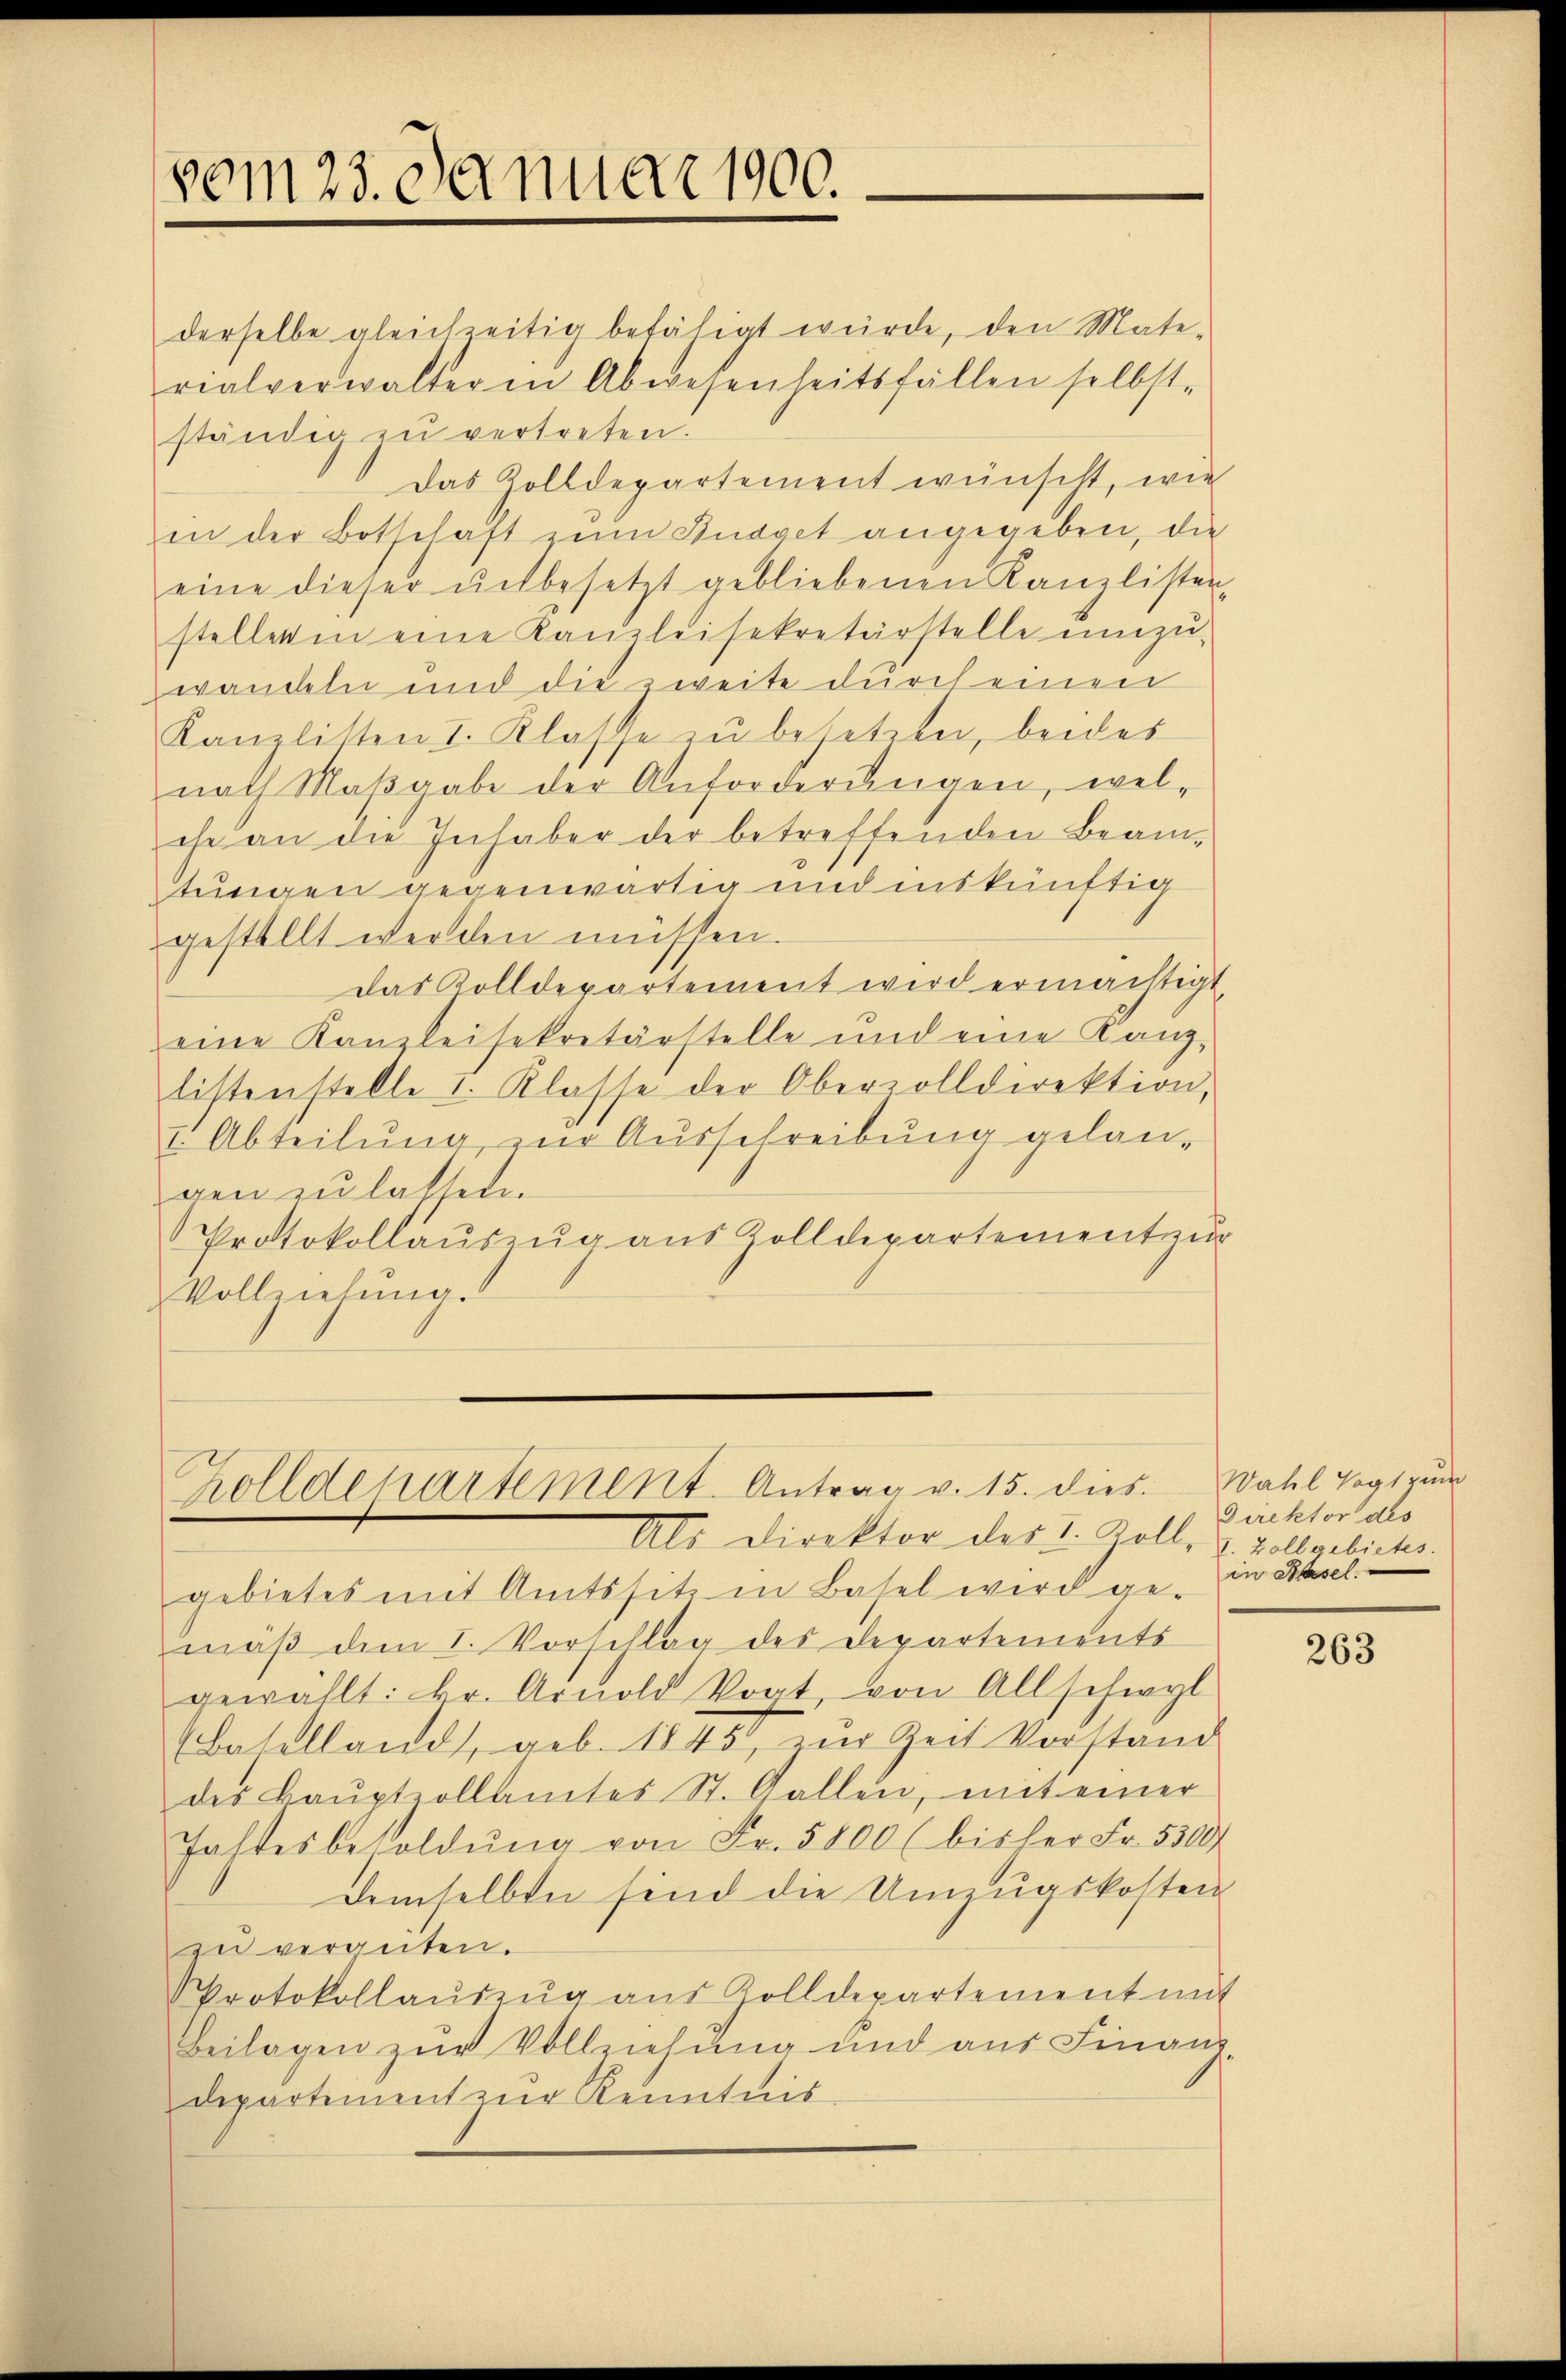
vom 23. Da nuar 1900.

Zolldepartement. Antrag v. 15. dies

derselbe gleichzeitig befähigt würde, den Mate-
rialverwalteren Abwesenheitsfällen selbst-
ständig zŭ vertreten.
Das Zolldepartement wünscht, wie
in der Botschaft zum Budget angegeben, die
eine dieser unbesetzt gebliebenen Kanzlisten-
steller in eine Kanzleisekretärstelle umzu-
wandeln und die zweite durch einen
Kanzlisten I. Klasse zu besetzen, beides
nach Maβgabe der Anforderungen, wel-
ehe an die Inhaber der betreffenden Beamtungen gegenwärtig und inskünftig
gestellt werden müssen.
das Zolldepartement wird ermächtigt,
eine Kanzleisekretärstelle und eine Kanz-
listenstelle I. Klasse der Oberzolldirektion,
I. Abteilung zur Ausschreibung gelan-
gen zu lassen.
Protokollaŭszŭg aŭs Zolldepartement zŭr
Vollziehung.

Als Direktor des I. Koll, u. Vollgebiches.
gebietes mit Amtssitz in Basel wird ge-
mäß dem L. Vorschlag des Departements
gewählt: Hr. Arnold Vogt, von Allschwyl
(Baselland, geb. 1845 zur Zeit Vorstand
des Baŭptzollamtes St. Gallen, mit einer
Fastesbesoldŭng von Fr. 5800 (bisher Fr. 5500
demselben sind die Unzugskosten
in vergüten.
Protokollaŭszŭg aŭs Zolldepartement mit
Beilagen zur Vollziehung und aus Finanz
departement zur Kenntnis

Wahl Vogt zum
Direktor des
in Hasel.

263